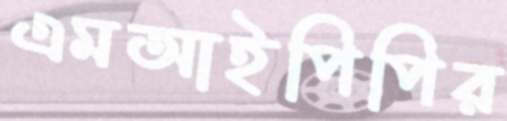
এমআইপিপির